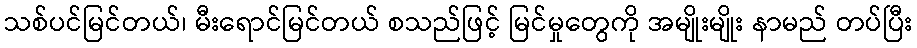
သစ်ပင်မြင်တယ်၊ မီးရောင်မြင်တယ် စသည်ဖြင့် မြင်မှုတွေကို အမျိုးမျိုး နာမည် တပ်ပြီး